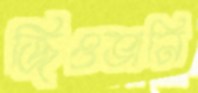
জিওভানি